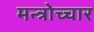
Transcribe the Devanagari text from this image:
मन्त्रोच्चार